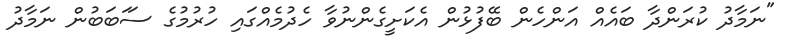
"ނަމާދު ކުރަންދާ ބައެއް އަންހެން ބޭފުޅުން އެކަށީގެންނުވާ ހެދުމެއްގައި ހުރުމުގެ ސަަބަބުން ނަމާދު